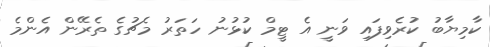
ކާމިޔާބު ކުރެވިފައި ވަނީ އެ ޓީމް ކުޅުނު ހަތަރު މެޗުގެ ތެރޭން އެންމެ